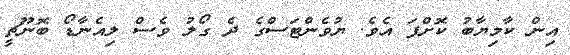
އިން ކާމިޔާބު ކޮށްފަ އެވެ. ޔުވެންޓަސްގެ ދެ ގޯލު ވެސް ލިއެނާޑޯ ބޮނޫޗީ